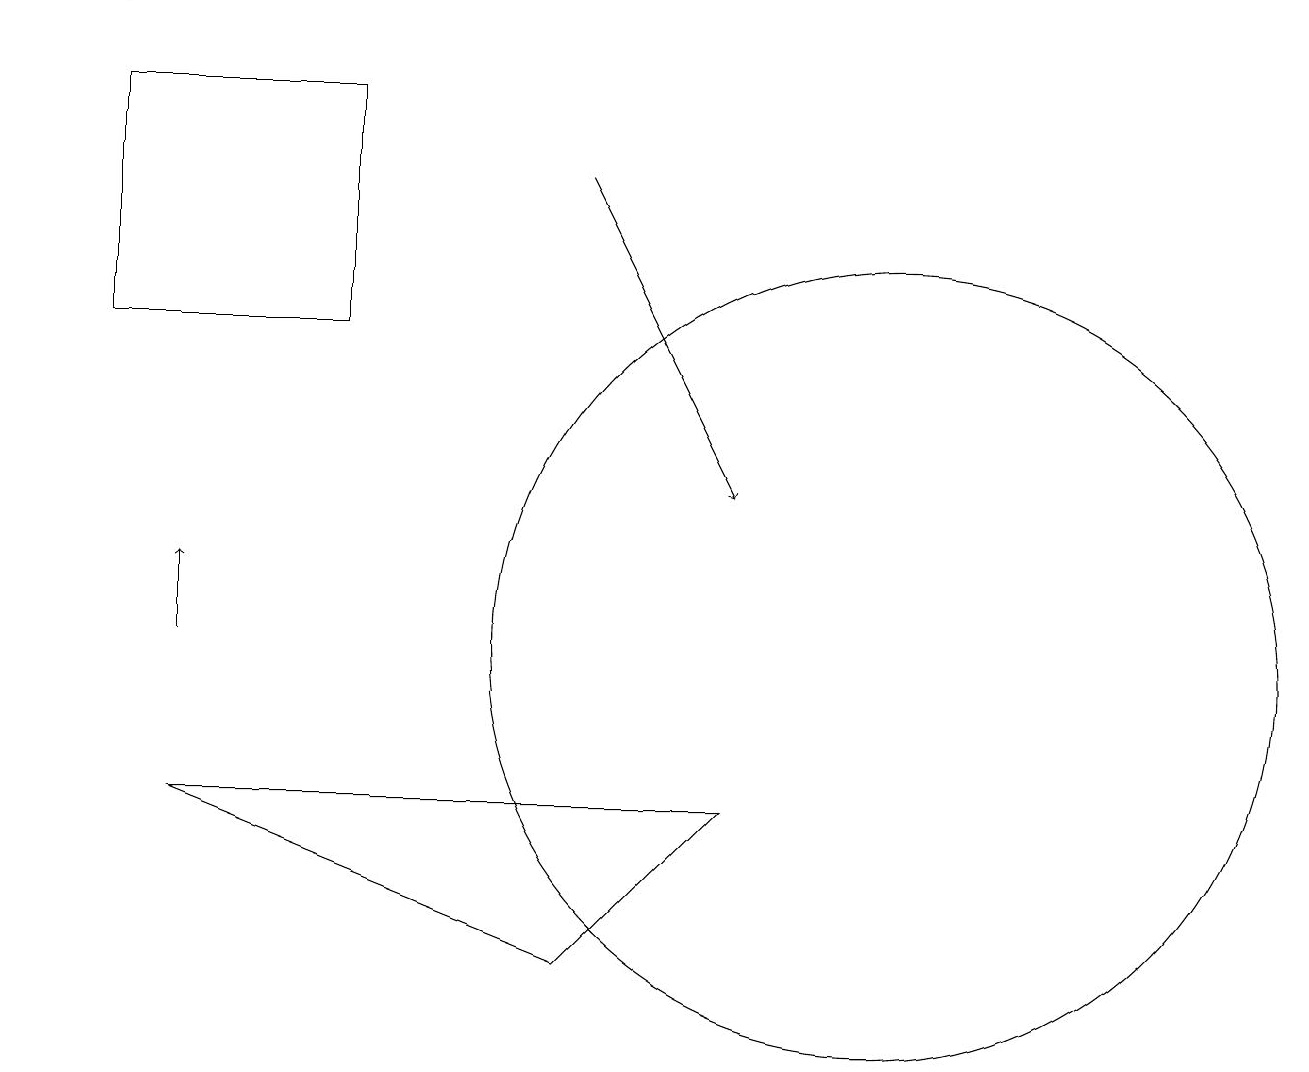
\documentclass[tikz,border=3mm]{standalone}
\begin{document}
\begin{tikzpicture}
\draw (1,18) rectangle (1,16);
\draw[->] (1,19) -- (0,19);
\draw[->] (7,17) -- (9,13);
\draw (7,7) -- (2,9) -- (9,9) -- cycle;
\draw (1,18) rectangle (4,15);
\draw[->] (2,11) -- (2,12);
\draw (11,11) circle (5);
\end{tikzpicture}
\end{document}